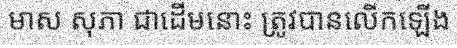
មាស សុភា ជាដើមនោះ ត្រូវបានលើកឡើង